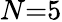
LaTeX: N{=}5